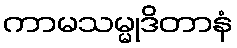
ကာမသမ္မုဒိတာနံ